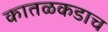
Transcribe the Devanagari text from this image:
कातळकडाच